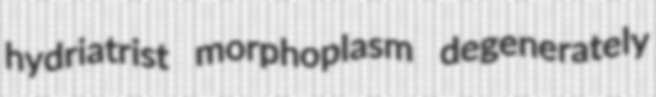
hydriatrist morphoplasm degenerately